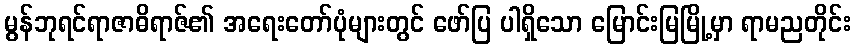
မွန်ဘုရင်ရာဇာဓိရာဇ်၏ အရေးတော်ပုံများတွင် ဖော်ပြ ပါရှိသော မြောင်းမြမြို့မှာ ရာမညတိုင်း